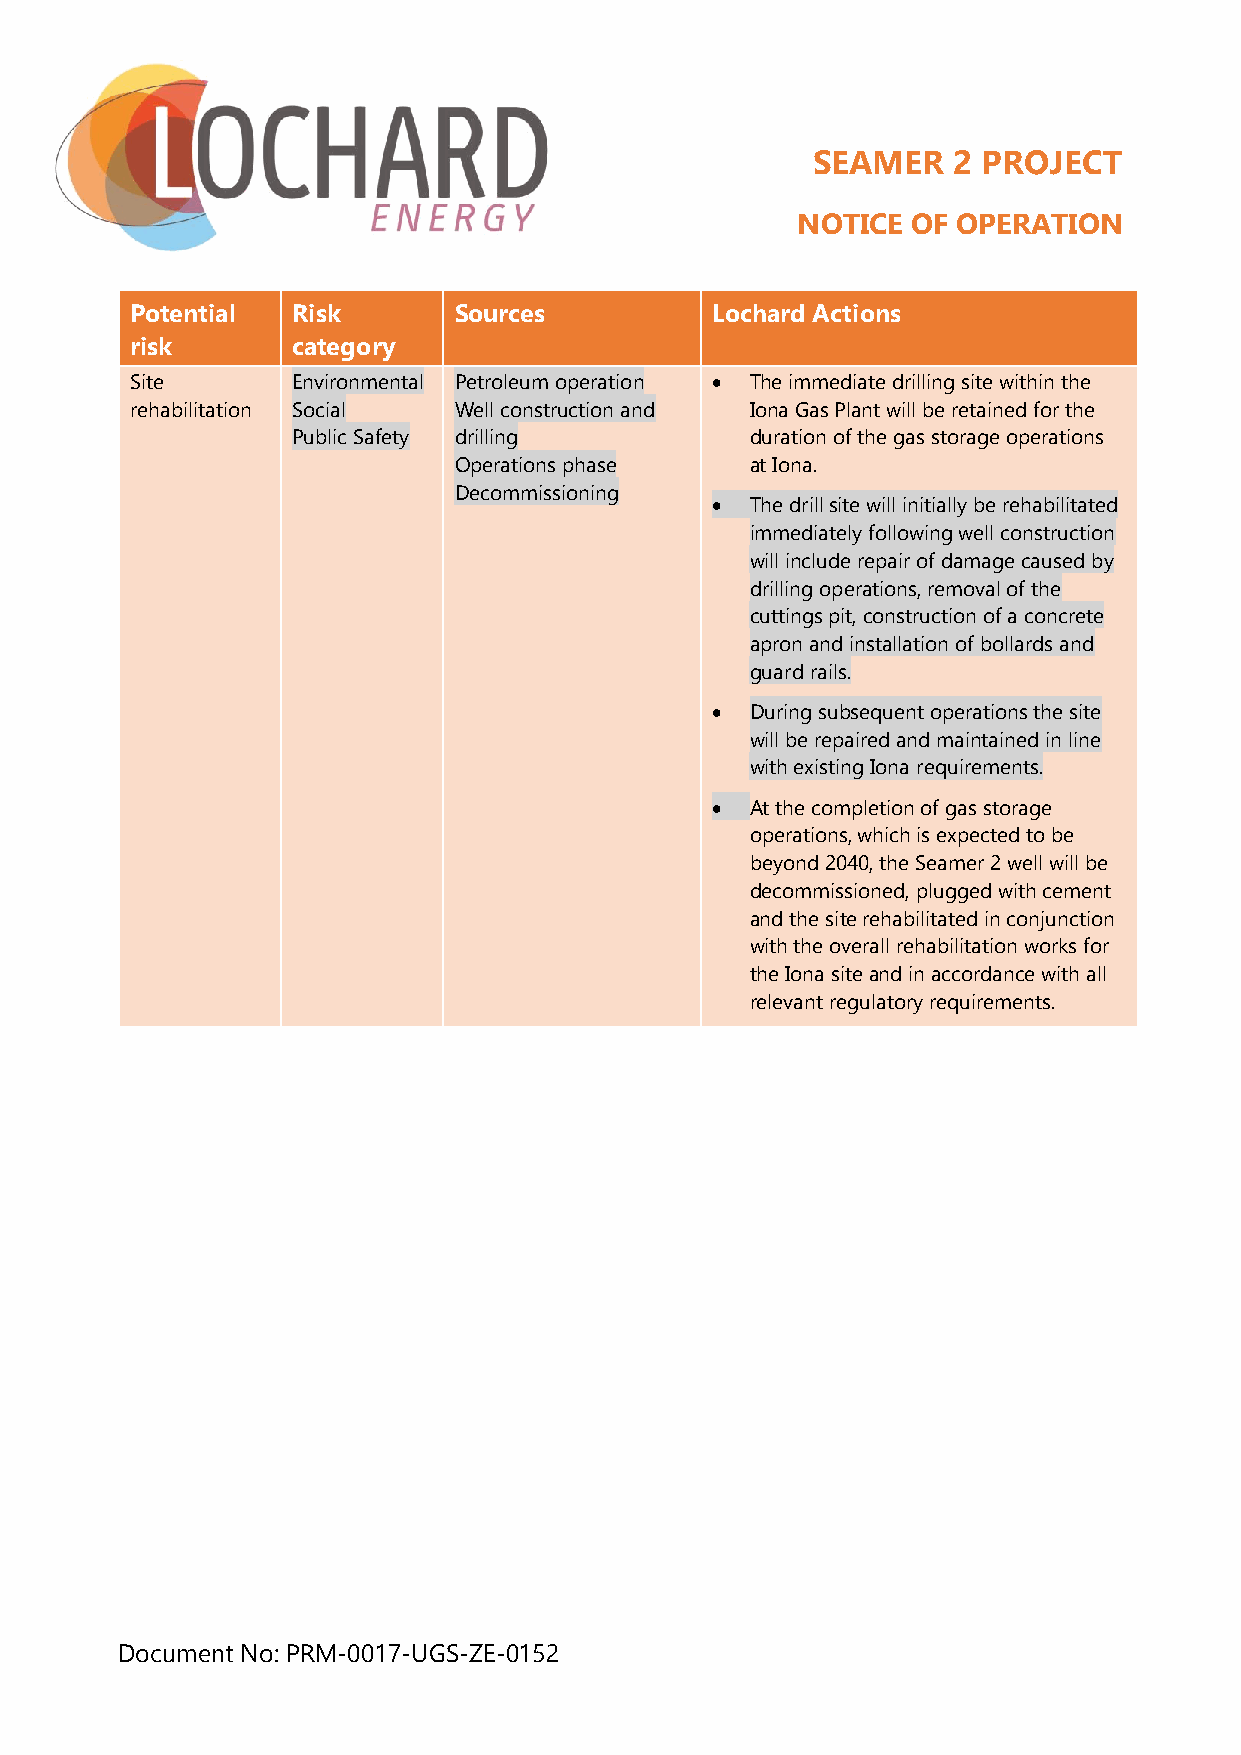
SEAMER   2 PROJECT
 NOTICE OF OPERATION
 Potential Risk       Sources          Lochard Actions
 risk      category
 Site      Environmental Petroleum operation • The immediate drilling site within the
 rehabilitation Social Well construction and Iona Gas Plant will be retained for the
 Public Safety drilling         duration of the gas storage operations
 Operations phase    at Iona.
 Decommissioning
 •  The drill site will initially be rehabilitated
 immediately following well construction
 will include repair of damage caused by
 drilling operations, removal of the
 cuttings pit, construction of a concrete
 apron and installation of bollards and
 guard rails.
 •  During subsequent operations the site
 will be repaired and maintained in line
 with existing Iona requirements.
 •  At the completion of gas storage
 operations, which is expected to be
 beyond 2040, the Seamer 2 well will be
 decommissioned, plugged with cement
 and the site rehabilitated in conjunction
 with the overall rehabilitation works for
 the Iona site and in accordance with all
 relevant regulatory requirements.
 Document No: PRM-0017-UGS-ZE-0152